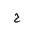
Letter: _ha